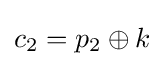
c_{2}=p_{2}\oplus k